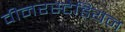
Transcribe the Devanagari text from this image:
वीनरस्टेडियन